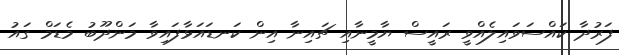
ފަރުދާ ކައްސަވައިލެއްވީ ރައީސް ޔާމީނާއި ޗައިނާ އިން ކަނޑައަޅާފައިވާ މަންދޫބު މެޑަމް ގައު